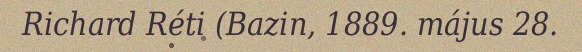
Richard Réti (Bazin, 1889. május 28.